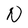
Character: N